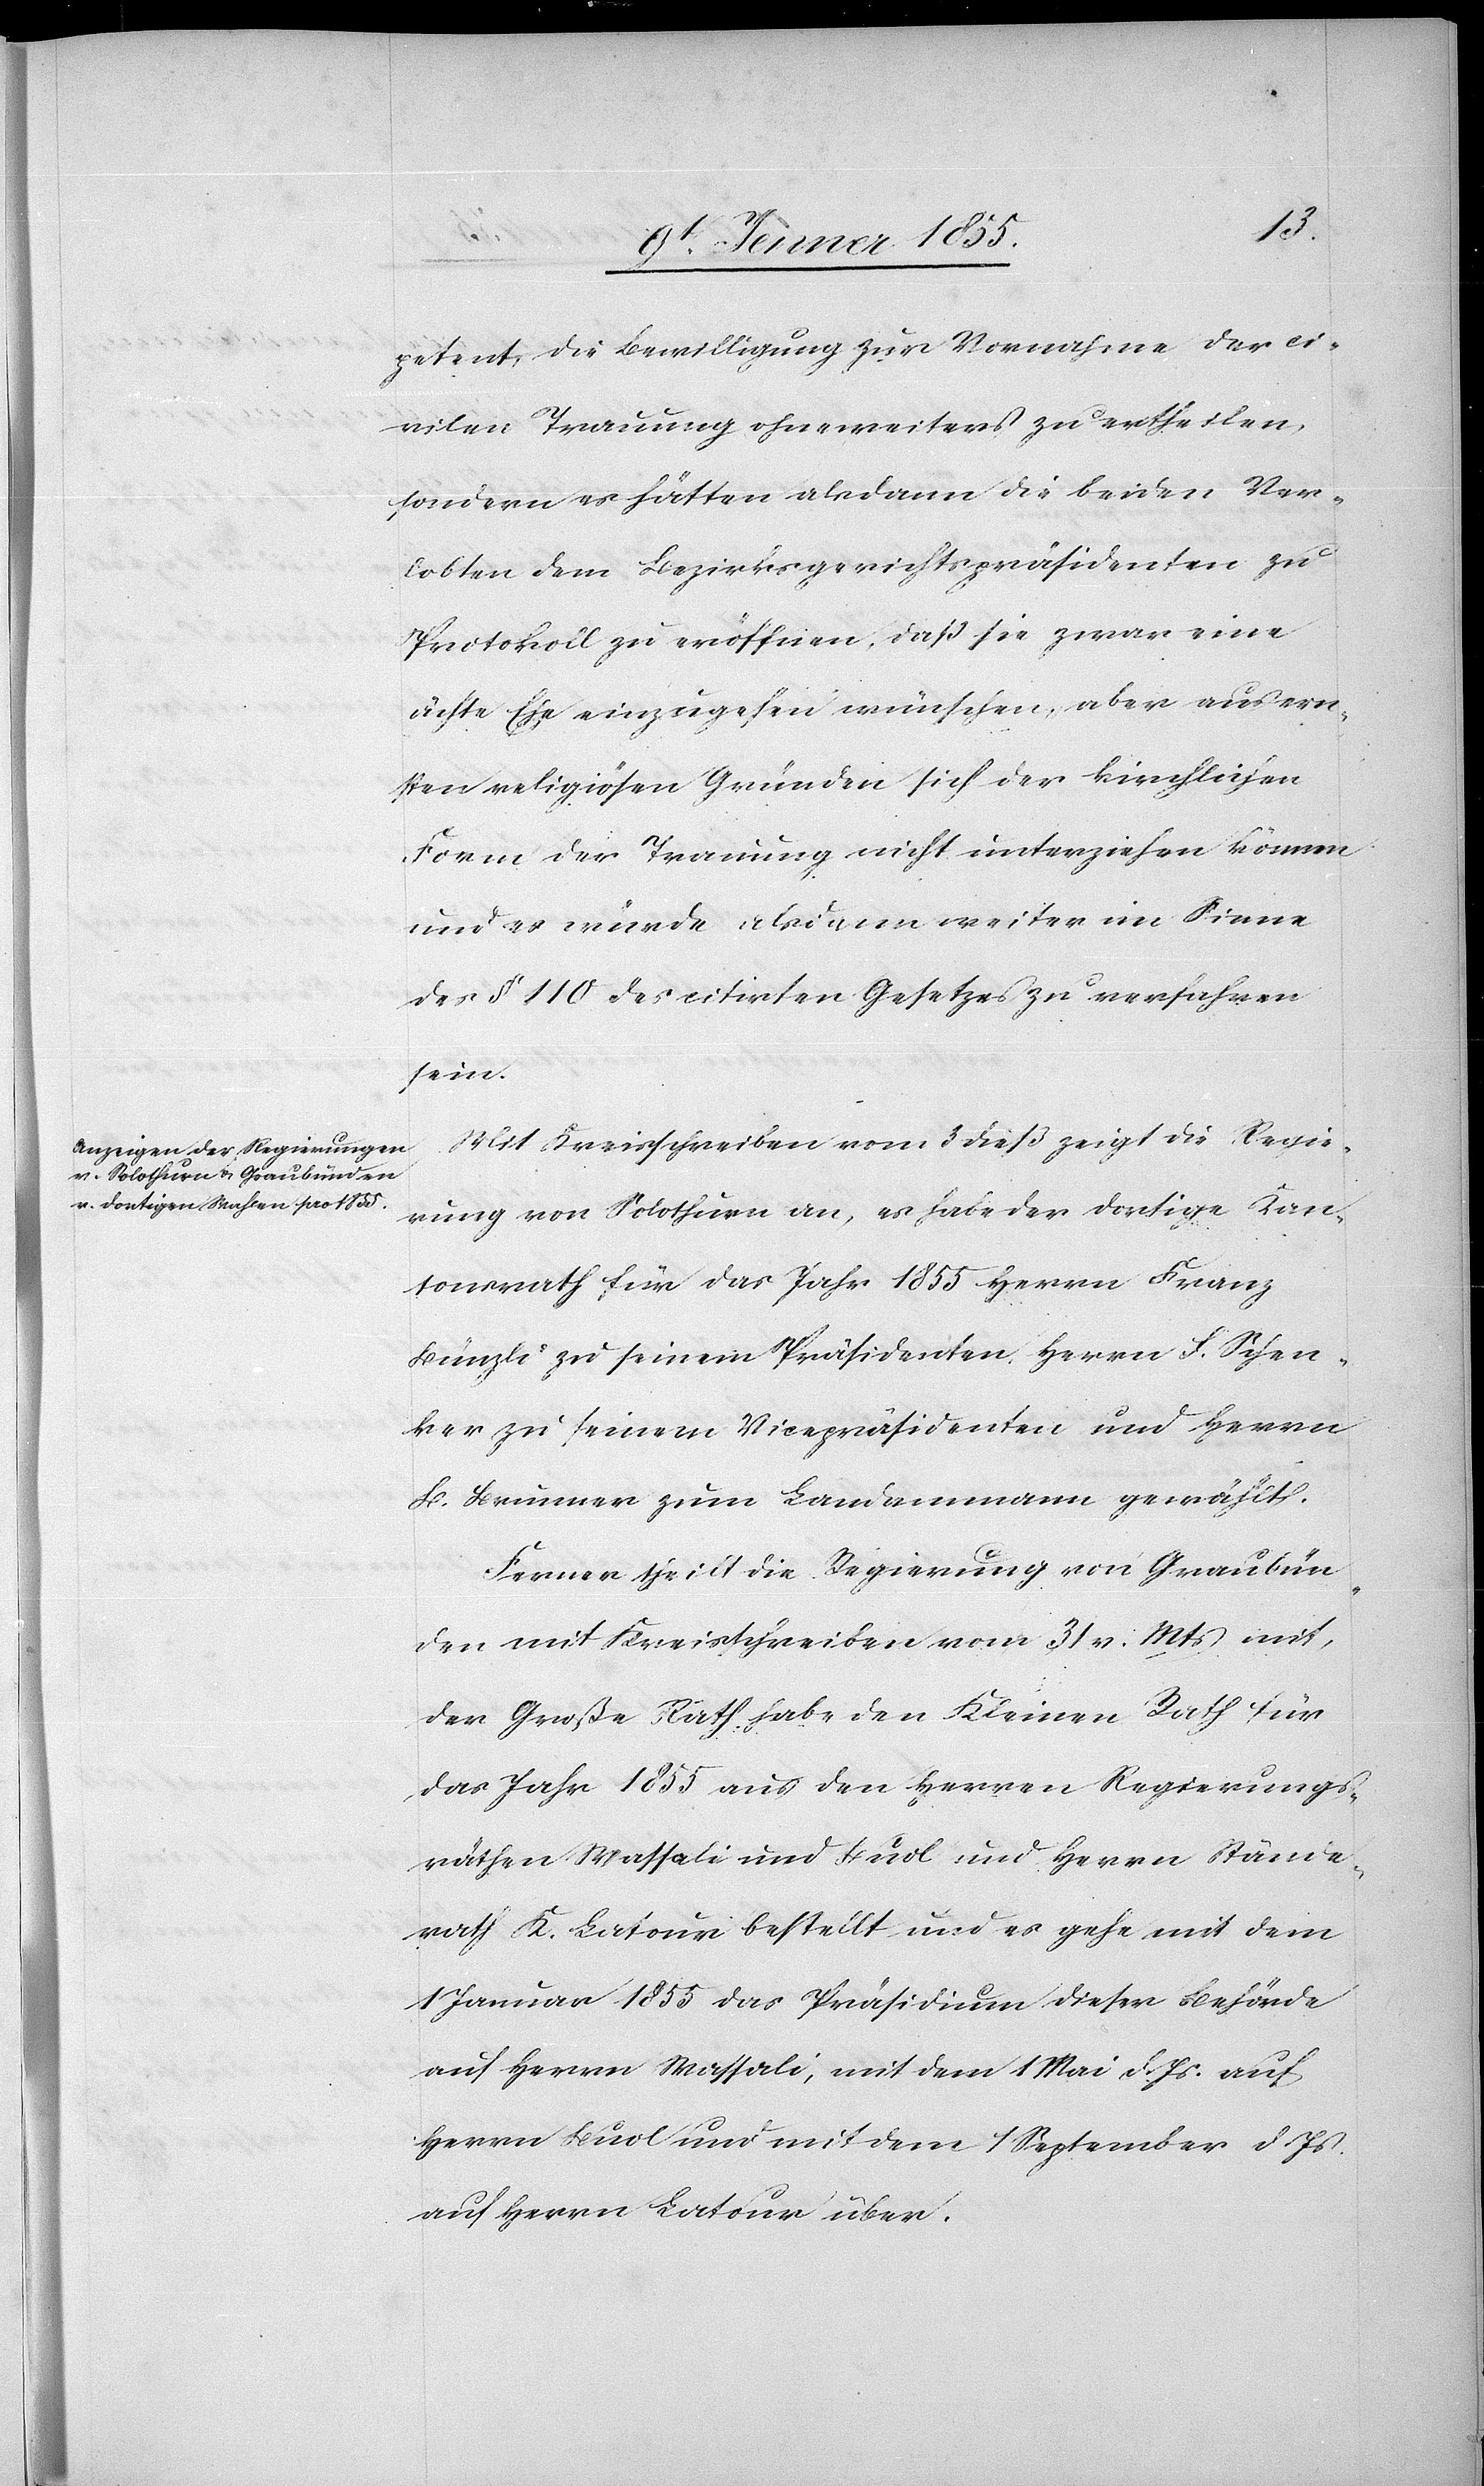
petent, die Bewilligung zur Vornahme der ci¬
vilen Trauung ohneweiters zu ertheilen,
sondern es hätten alsdann die beiden Ver¬
lobten dem Bezirksgerichtspräsidenten zu
Protokoll zu eröffnen, daß sie zwar eine
ächte Ehe einzugehen wünschen, aber aus ern¬
sten religiösen Gründen sich der kirchlichen
Form der Trauung nicht unterziehen können
und es würde alsdann weiter im Sinne
des § 110 des citirten Gesetzes zu verfahren
sein.
Mit Kreisschreiben vom 3 dieß zeigt die Regie¬
rung von Solothurn an, es habe der dortige Kan¬
tonsrath für das Jahr 1855 Herrn Franz
Bünzli zu seinem Präsidenten, Herrn F. Schen¬
ker zu seinem Vicepräsidenten und Herrn
B. Brunner zum Landammann gewählt.
Ferner theilt die Regierung von Graubün¬
den mit Kreisschreiben vom 31. v. Mts mit,
der Große Rath habe den Kleinen Rath für
das Jahr 1855 aus den Herren Regierungs¬
räthen Wassali und Buol und Herrn Stände¬
rath K. Latour bestellt und es gehe mit dem
1 Januar 1855 das Präsidium dieser Behörde
auf Herrn Wassali, mit dem 1 Mai d. Js. auf
Herrn Buol und mit dem 1 September d. Js.
auf Herrn Latour über.